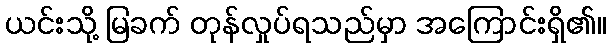
ယင်းသို့ မြခက် တုန်လှုပ်ရသည်မှာ အကြောင်းရှိ၏။